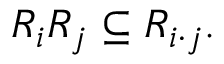
R _ { i } R _ { j } \subseteq R _ { i \cdot j } .